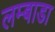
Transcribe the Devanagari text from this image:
लम्बाडा